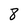
Character: 8